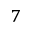
^ { 7 }